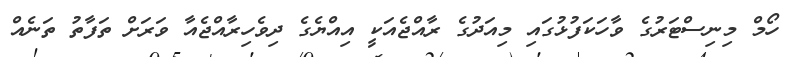
ހޯމް މިނިސްޓަރުގެ ވާހަކަފުޅުގައި މިއަދުގެ ރާއްޖެއަކީ އިއްޔެގެ ދިވެހިރާއްޖެއާ ވަރަށް ތަފާތު ތަނެއް